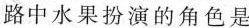
路中水果扮演的角色是